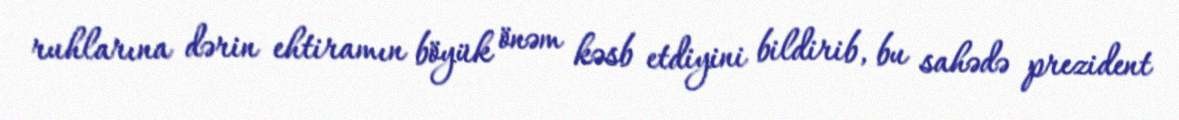
ruhlarına dərin ehtiramın böyük önəm kəsb etdiyini bildirib, bu sahədə prezident